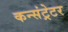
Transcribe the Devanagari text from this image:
कन्संट्रेटर